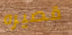
قصيره